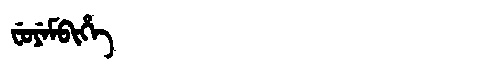
Manchu: ᠸᡠᠶᡝᠮᠪᡳᡥᡝ
Romanization: FUYEMBIHE